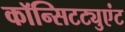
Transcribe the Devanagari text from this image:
कॉन्सिटट्युएंट